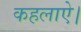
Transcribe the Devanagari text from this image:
कहलाऐ।